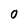
Character: 0